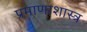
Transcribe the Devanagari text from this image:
प्रमाणाशास्त्र